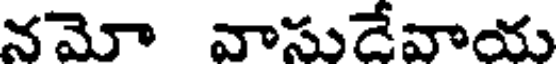
నమో వాసుడేవాయ